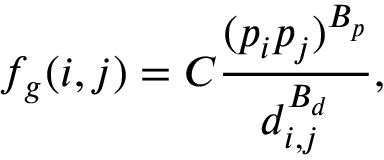
f _ { g } ( i , j ) = C \frac { ( p _ { i } p _ { j } ) ^ { B _ { p } } } { d _ { i , j } ^ { B _ { d } } } ,